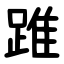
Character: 踓